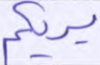
يريكم